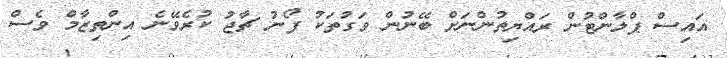
އައިސް ޕްލާންޓުން ރައްޔިތުންނަށް ބޭނުން ވަގުތަކު ފޯނު ޗާޖު ކުރެވޭނެ އިންތިޒާމް ވެސް